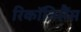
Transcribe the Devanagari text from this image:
रिकॉनिसैंस